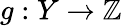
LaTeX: g:Y\to\mathbb{Z}